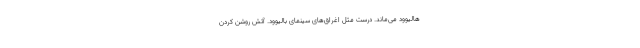
هالیوود می‌ماند. درست مثل اغراق‌های سینمای بالیوود. آتش روشن کردن